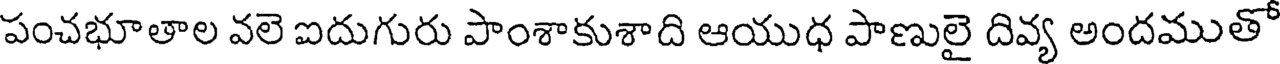
పంచభూతాల వలె ఐదుగురు పాంశాకుశాది ఆయుధ పాణులై దివ్య అందముతో